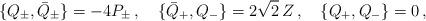
LaTeX: \begin{align*}\{ Q_{\pm},\bar Q_{\pm}\} = -4 P_{\pm}\, ,\quad\{\bar Q_{+},Q_{-}\} = 2\sqrt{2}\, Z\, ,\quad \{Q_{+},Q_{-}\} =0\, ,\end{align*}